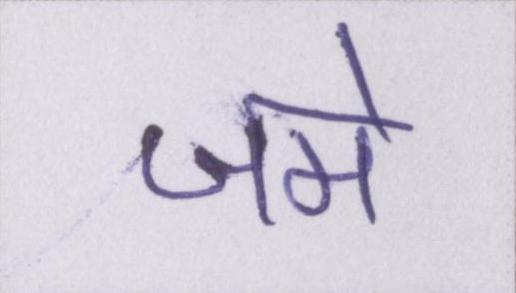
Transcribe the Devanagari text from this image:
जमे